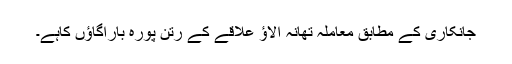
جانکاری کے مطابق معاملہ تھانہ الاؤ علاقے کے رتن پورہ باراگاؤں کاہے۔